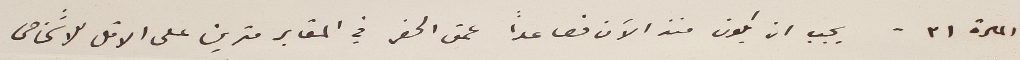
المادة ٣١ - يجب ان يكون منذ الآن فصاعداً عمق الحفر في المقابر مترين على الاقل للاشخاص